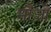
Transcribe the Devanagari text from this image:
मौजों